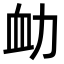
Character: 𧖩